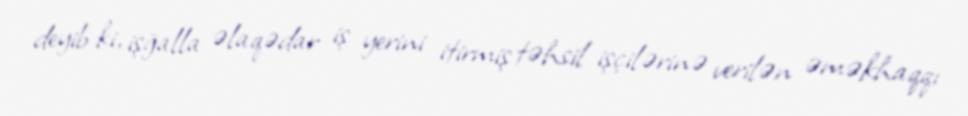
deyib ki, işğalla əlaqədar iş yerini itirmiş təhsil işçilərinə verilən əməkhaqqı